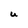
Character: U